Ranna_vallavalitsus, lk 3
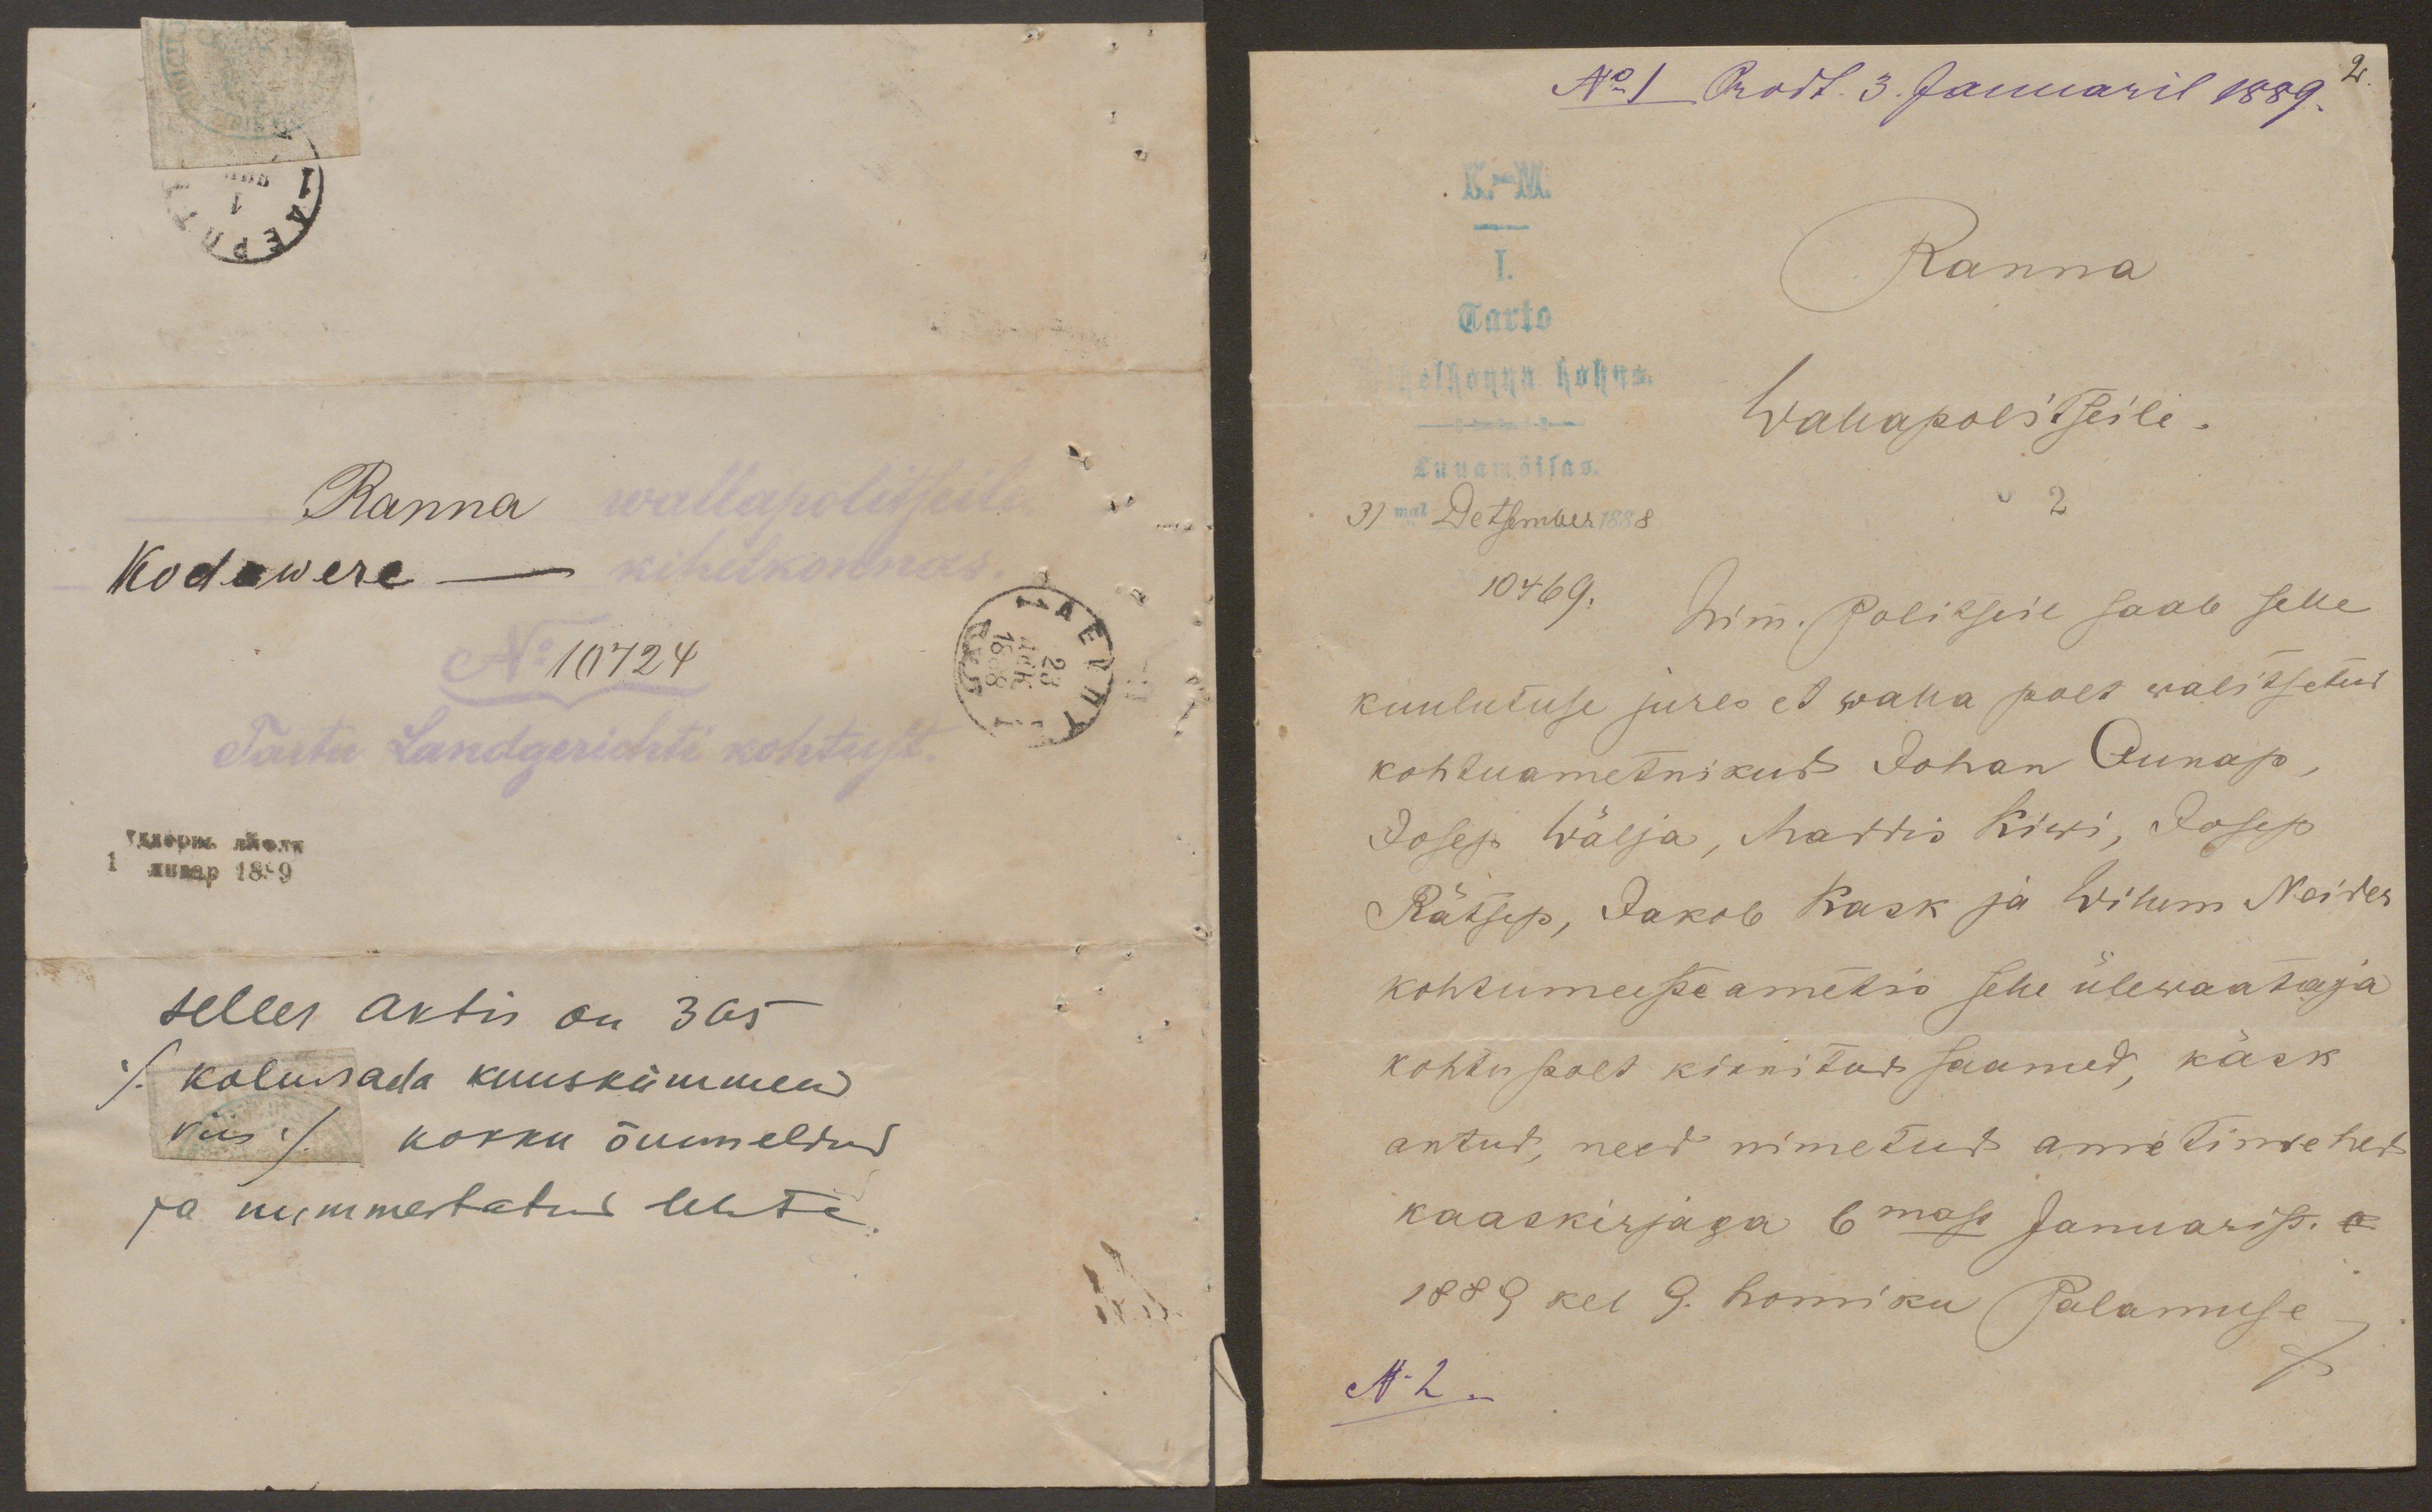
Ranna wallapolitseile
Kodawere - kihelkonnas.
Nr 10724
Tartu Landgerichti kohtust.
selles aktis on 365
/kolmsada kuuskümmend
viis / kokku õmmeldud
ja nummertatud lehte.

No. 1 Prodt. 3. Januaril 1889.
2.
K-M.
I.
Ranna
Tarto
Kihelkonna kohus
Wallapolitseile.
Luuamõisas.
31mal Detsember 1888
10469.
Lim. Politseil saab selle
kuulutuse jures et walla polt walitsetud
kohtuametnikud Johan Aunap
Josep Wälja, Maddis Kiwi, Josep
Rätsep, Jakob Kask ja Willem Neider
kohtumeeste ametis selle ülewaataja
kohtu poolt kinnitud saanud käsk,
antud, need nimetud ametimehed
kaaskirjaga 6mas januarist.
1889 kel 9. homiku Palamuse
N-2.